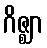
ဂိဇ္ဈာ